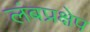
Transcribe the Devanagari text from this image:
लंबप्रक्षेप